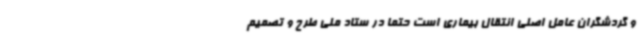
و گردشگران عامل اصلی انتقال بیماری است حتما در ستاد ملی طرح و تصمیم